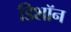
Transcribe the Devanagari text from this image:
डिशॉन